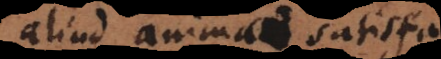
aliud animae satisfa